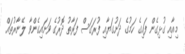
މިއާއި ގުޅިގެން ފައިގެ ހަމުގެ ދަށުގަޔާއި ފުރަގަސް ފަރާތު ދޮރުގެ ވަށައިގެންވާ ލޭނާރުތައް